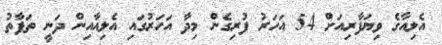
އެލިއާގެ ވިޔަފާރިއަށް 54 އަހަރު ފުރިގެން މިދާ އަހަރުގައި އެލިއާއިން ދަނީ ތަފާތު